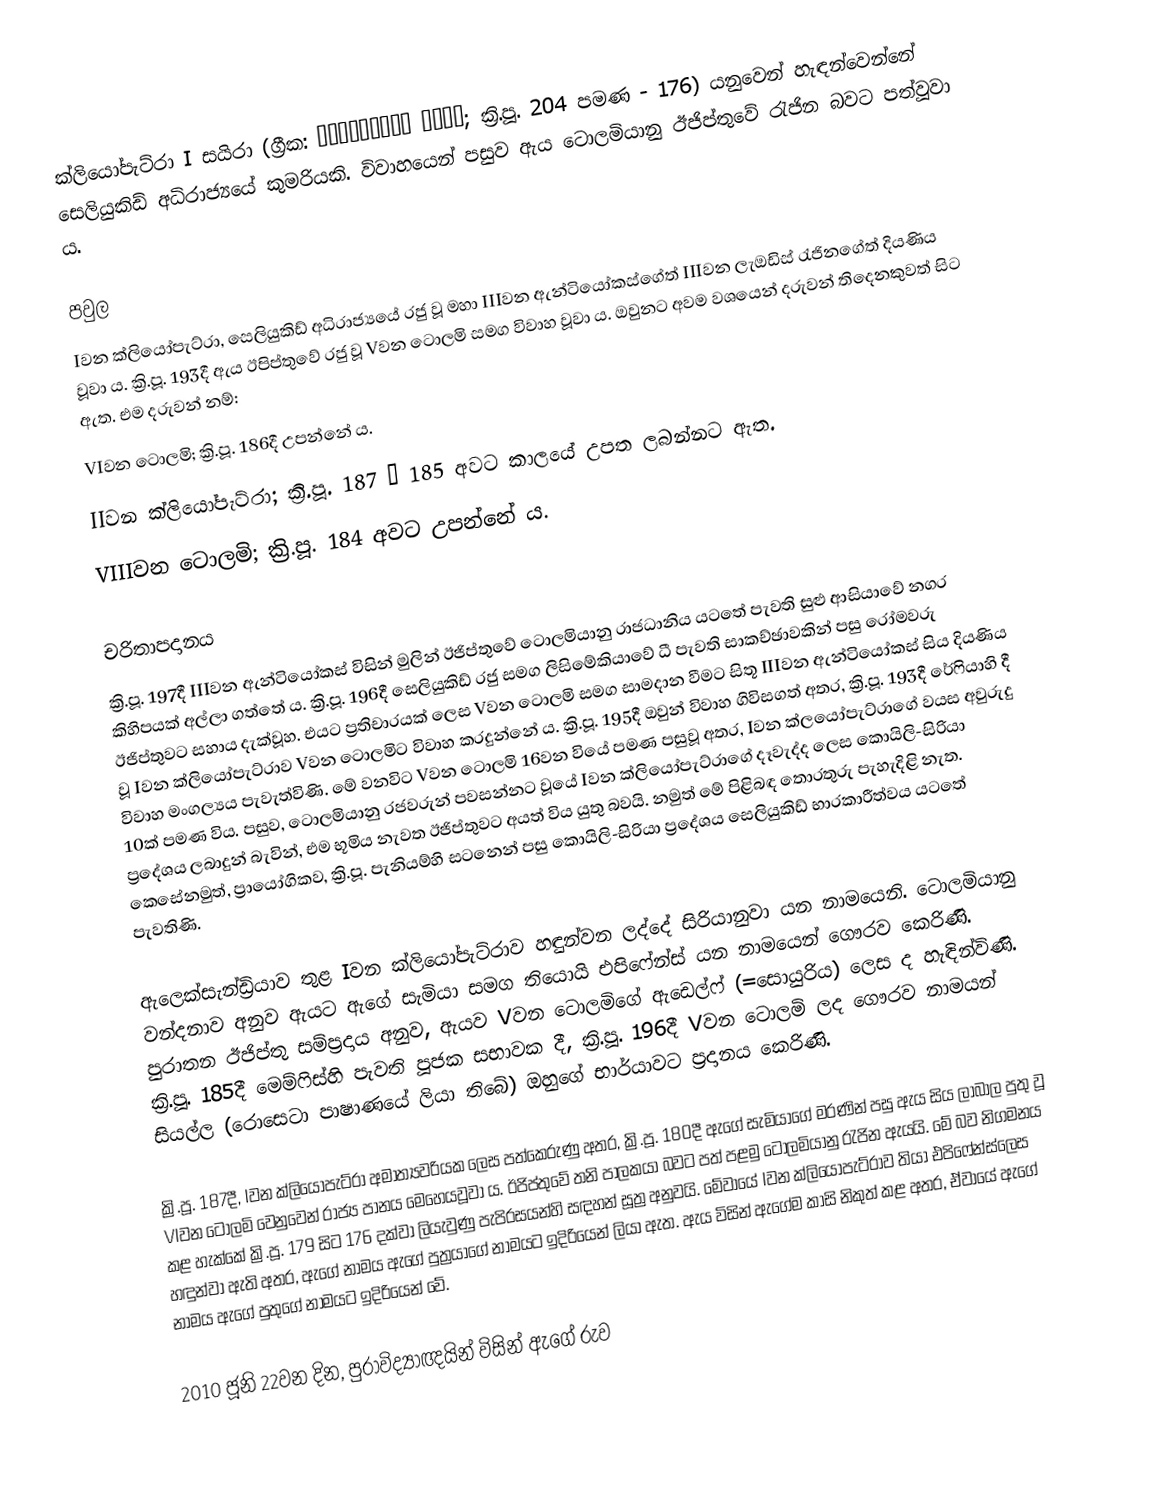
ක්ලියෝපැට්රා I සයිරා (ග්‍රීක: Κλεοπάτρα Σύρα; ක්‍රි.පූ. 204 පමණ - 176) යනුවෙන් හැඳන්වෙන්නේ සෙලියුකිඩ් අධිරාජ්‍යයේ කුමරියකි. විවාහයෙන් පසුව ඇය ටොලමියානු ඊජිප්තුවේ රැජින බවට පත්වූවා ය.

පවුල
Iවන ක්ලියෝපැට්රා, සෙලියුකිඩ් අධිරාජ්‍යයේ රජු වූ මහා IIIවන ඇන්ටියෝකස්ගේත් IIIවන ලැඔඩිස් රැජිනගේත් දියණිය වූවා ය. ක්‍රි.පූ. 193දී ඇය ඊපිප්තුවේ රජු වූ Vවන ටොලමි සමග විවාහ වූවා ය. ඔවුනට අවම වශයෙන් දරුවන් තිදෙනකුවත් සිට ඇත. එම දරුවන් නම්:
 VIවන ටොලමි; ක්‍රි.පූ. 186දී උපන්නේ ය.
 IIවන ක්ලියෝපැට්රා; ක්‍රි.පූ. 187 – 185 අවට කාලයේ උපත ලබන්නට ඇත.
 VIIIවන ටොලමි; ක්‍රි.පූ. 184 අවට උපන්නේ ය.

චරිතාපදානය
ක්‍රි.පූ. 197දී IIIවන ඇන්ටියෝකස් විසින් මුලින් ඊජිප්තුවේ ටොලමියානු රාජධානිය යටතේ පැවති සුළු ආසියාවේ නගර කිහිපයක් අල්ලා ගත්තේ ය. ක්‍රි.පූ. 196දී සෙලියුකිඩ් රජු සමග ලිසිමේකියාවේ ධී පැවති සාකච්ඡාවකින් පසු රෝමවරු ඊජිප්තුවට සහාය දැක්වූහ. එයට ප්‍රතිචාරයක් ලෙස Vවන ටොලමි සමග සාමදාන වීමට සිතූ IIIවන ඇන්ටියෝකස් සිය දියණිය වූ Iවන ක්ලියෝපැට්රාව Vවන ටොලමිට විවාහ කරදුන්නේ ය. ක්‍රි.පූ. 195දී ඔවුන් විවාහ ගිවිසගත් අතර, ක්‍රි.පූ. 193දී රේෆියාහි දී විවාහ මංගල්‍යය පැවැත්විණි. මේ වනවිට Vවන ටොලමි 16වන වියේ පමණ පසුවූ අතර, Iවන ක්ලයෝපැට්රාගේ වයස අවුරුදු 10ක් පමණ විය. පසුව, ටොලමියානු රජවරුන් පවසන්නට වූයේ Iවන ක්ලියෝපැට්රාගේ දෑවැද්ද ලෙස කොයිලි-සිරියා ප්‍රදේශය ලබාදුන් බැවින්, එම භූමිය නැවත ඊජිප්තුවට අයත් විය යුතු බවයි. නමුත් මේ පිළිබඳ තොරතුරු පැහැදිළි නැත. කෙසේනමුත්, ප්‍රායෝගිකව, ක්‍රි.පූ. පැනියම්හි සටනෙන් පසු කොයිලි-සිරියා ප්‍රදේශය සෙලියුකිඩ් භාරකාරීත්වය යටතේ පැවතිණි.

ඇලෙක්සැන්ඩ්‍රියාව තුළ Iවන ක්ලියෝපැට්රාව හඳුන්වන ලද්දේ සිරියානුවා යන නාමයෙනි. ටොලමියානු වන්දනාව අනුව ඇයට ඇගේ සැමියා සමග තියොයි එපිෆේන්ස් යන නාමයෙන් ගෞරව කෙරිණි. පුරාතන ඊජිප්තු සම්ප්‍රදාය අනුව, ඇයව Vවන ටොලමිගේ ඇඩෙල්ෆ් (=සොයුරිය) ලෙස ද හැඳින්විණි. ක්‍රි.පූ. 185දී මෙම්ෆිස්හි පැවති පූජක සභාවක දී, ක්‍රි.පූ. 196දී Vවන ටොලමි ලද ගෞරව නාමයන් සියල්ල (රොසෙටා පාෂාණයේ ලියා තිබේ) ඔහුගේ භාර්යාවට ප්‍රදානය කෙ‍රිණි.

ක්‍රි.පූ. 187දී, Iවන ක්ලියෝපැට්රා අමාත්‍යවරියක ලෙස පත්කෙරුණු අතර, ක්‍රි.පූ. 180දී ඇගේ සැමියාගේ මරණින් පසු ඇය සිය ලාබාල පුතු වූ VIවන ටොලමි වෙනුවෙන් රාජ්‍ය පානය මෙහෙයවූවා ය. ඊජිප්තුවේ තනි පාලකයා බවට පත් පළමු ටොලමියානු රැජින ඇයයි. මේ බව නිගමනය කළ හැක්කේ ක්‍රි.පූ. 179 සිට 176 දක්වා ලියැවුණු පැපිරසයන්හි සඳහන් සූත්‍ර අනුවයි. මේවායේ Iවන ක්ලියෝපැට්රාව තියා එපිෆේන්ස්ලෙස හඳුන්වා ඇති අතර, ඇගේ නාමය ඇගේ පුත්‍රයාගේ නාමයට ඉදිරියෙන් ලියා ඇත. ඇය විසින් ඇගේම කාසි නිකුත් කළ අතර, ඒවායේ ඇගේ නාමය ඇගේ පුතුගේ නාමයට ඉදිරියෙන් වේ.

2010 ජූනි 22වන දින, පුරාවිද්‍යාඥයින් විසින් ඇගේ රුව